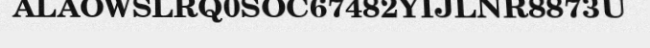
ALAOWSLRQ0SOC67482YIJLNR8873U